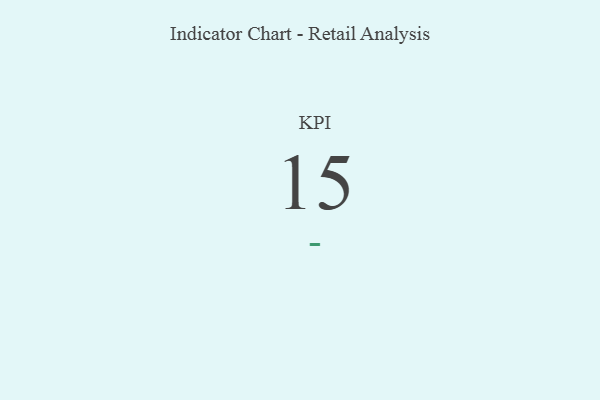
{"axis": {"x": "KPI", "y": "Value"}, "legend": [""], "data": [{"x": "KPI", "y": 15, "type": ""}]}